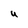
Character: U